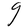
Character: g